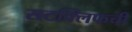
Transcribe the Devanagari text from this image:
सटक्लिफची